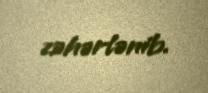
zəhərlənib.